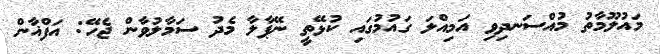
މައުލޫމާތު މުއްސަނދިވި އަމިއްލަ ގައުމުގައި ކުޅޭތީ ނޭޕާލާ މެދު ސަމާލުވާން ޖެހޭ: އަފްޣާން